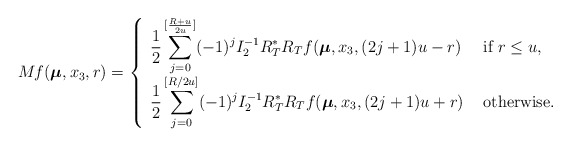
\begin{align*}\displaystyle M_{}f(\boldsymbol\mu,x_3,r)=\left\{\begin{array}{ll}\displaystyle\frac{1}{2}\sum^{[\frac {R+u}{2u}]}_{j=0}(-1)^jI^{-1}_2R^*_TR_Tf(\boldsymbol\mu,x_3, (2j+1)u-r)&\mbox{ if }r\leq u,\\\displaystyle\frac{1}{2}\sum^{[R/2u]}_{j=0}(-1)^{j}I^{-1}_2R^*_TR_Tf(\boldsymbol\mu,x_3, (2j+1)u+r)&\mbox{ otherwise.}\end{array}\right.\end{align*}